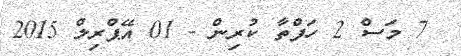
7 މަސް 2 ހަފްތާ ކުރިން - 01 އޭޕްރިލް 2015